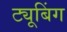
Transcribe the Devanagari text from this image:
ट्यूबिंग